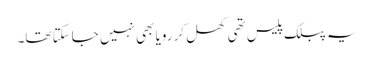
یہ پبلک پلیس تھی کھل کر رویا بھی نہیں جاسکتا تھا۔